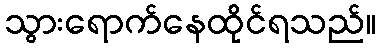
သွားရောက်နေထိုင်ရသည်။